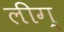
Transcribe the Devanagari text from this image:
लीग्